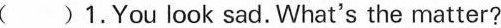
( )1.You look sad.What's the matter?